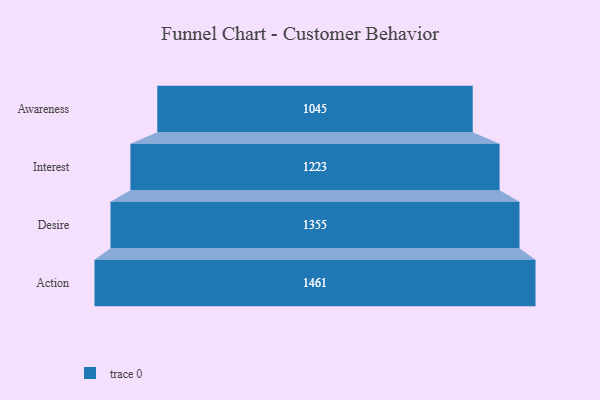
{"axis": {"x": "Stage", "y": "Value"}, "legend": [""], "data": [{"x": "Awareness", "y": 1045.0, "type": ""}, {"x": "Interest", "y": 1223.0, "type": ""}, {"x": "Desire", "y": 1355.0, "type": ""}, {"x": "Action", "y": 1461.0, "type": ""}]}